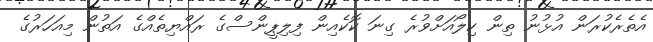
އެތެރެކުރަން އުޅުނު ތިން ކިލޯއަށްވުރެ ގިނަ ކޮކެއިން ފިލިޕީންސްގެ ރައްޔިތެއްގެ އަތުން މިއަހަރުގެ